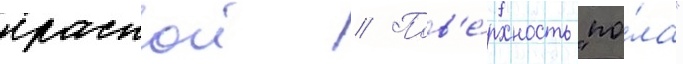
краскои // Пов'е́рхность "по́ла"